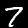
Label: 7